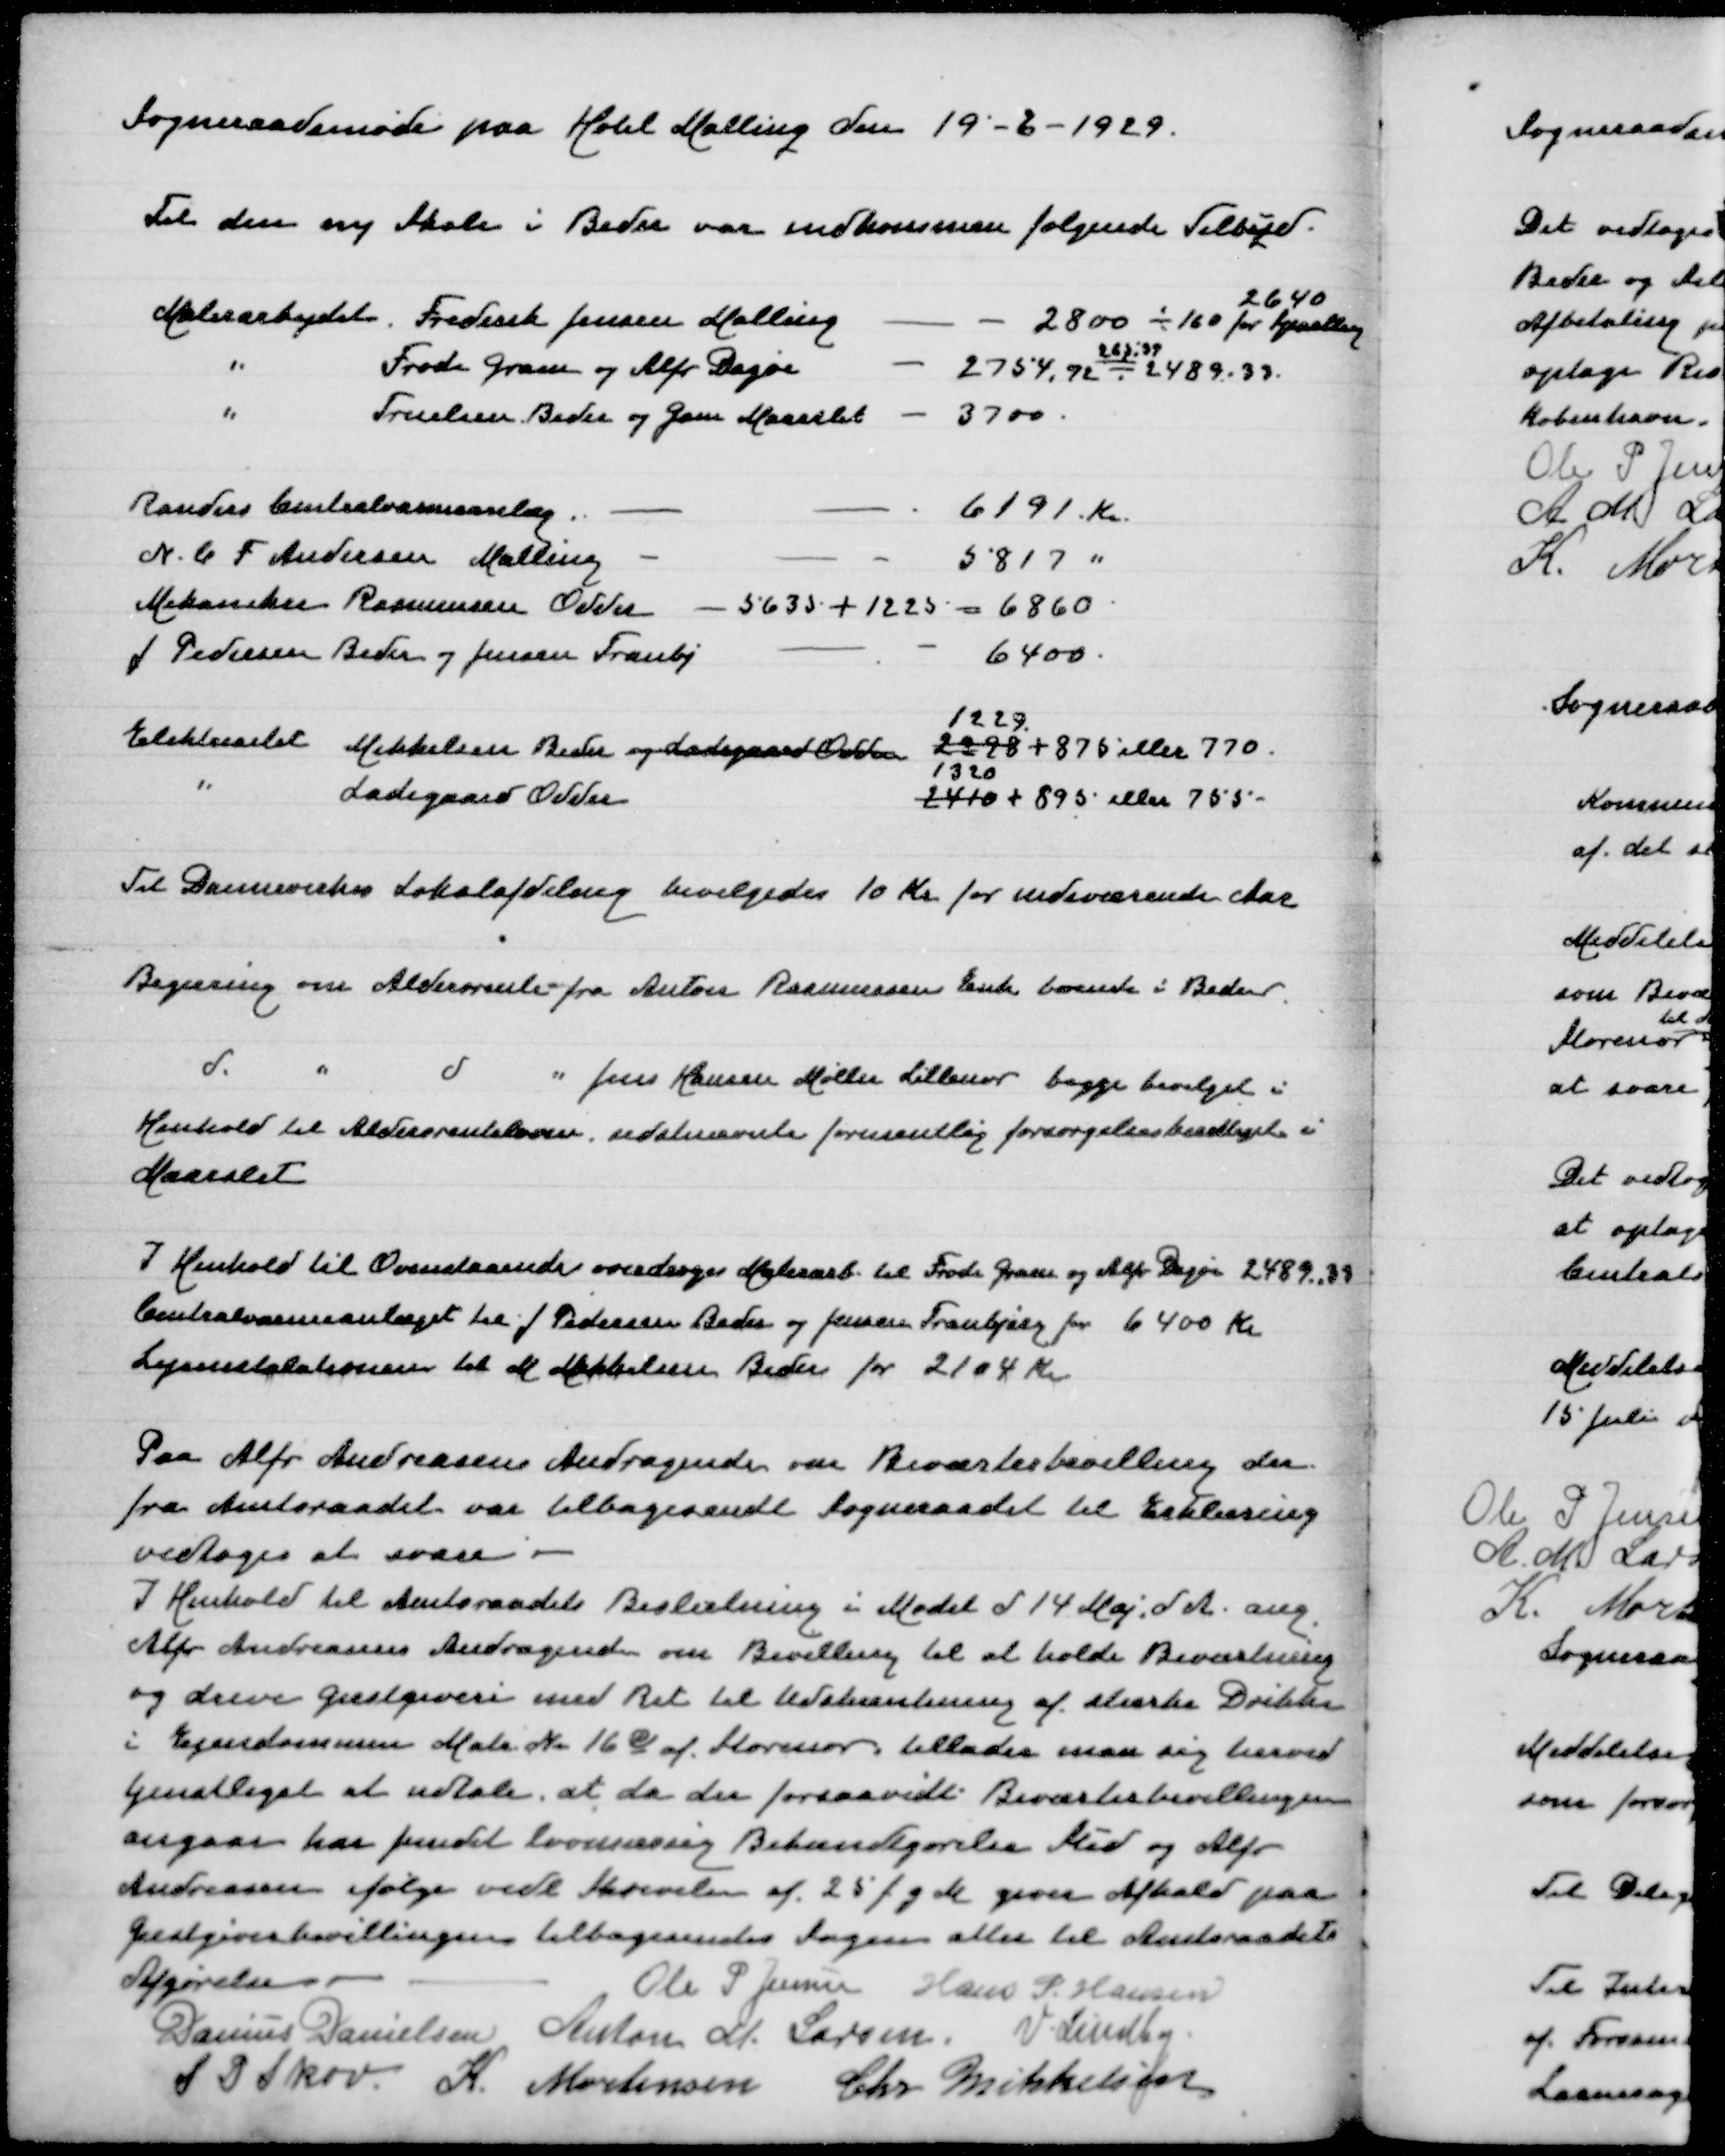
Transskription:
Sogneraadsmøde paa Hotel Malling den 19-6-1929
Til den ny Skole i Beder var indkommen følgende Tilbud
Malerarbejde Frederik Jensen Malling
2800 - 160 for 
2640
" Frode Gram og Alfr Dagøe
2754,72 - 2489,33
285,39
" Truelsen Beder og Gam Maarslet
3700
Randers Centralvarmeanlæg
6191 Kr
N C F Andersen Malling
5817 "
Mekaniker Rasmussen Odder - 5635 + 1225 = 6860
J Pedersen Beder og Jensen Tranbj 
6400
1229
Elektricitet Mikkelsen Beder og Ladegaard Odder
2298 + 875 eller 770
" Ladegaard Odder
1320
2410 + 895 eller 755
Til Dannevirkes Lokalafdeling bevilgedes 10 Kr for indeværende Aar
Begæring om Aldersrente fra Anton Rasmussens Enke boende i Beder
d " d " Jens Hansen Møller Lillenor begge bevilget i
Henhold til Alderdomsloven, sidstnævnte formentlig forsørgelsesberettiget i
Maarslet
I Henhold til Ovenstaaende overdrages Malerarb til Frode Gram og Alfr Dagøe 2489,39
Centralvarmeanlæget til J Pedersen Beder og Jensen Tranbjerg for 6400 Kr
Lysinstallationen til M Mikkelsen Beder for 2104 Kr
Paa Alfr Andreasens Andragende om Beværterbevilling der
fra Amtsraadet var tilbagesendt Sogneraadet til Erklæring
vedtoges at svare
I Henhold til Amtsraadets Beslutning i Mødet d 14 Maj d A ang
Alfr Andreasens Andragende om Bevilling til at holde Beværtning
og drive Gæstgiveri med Ret til Udskænkning af stærke Drikke
i Ejendommen Matr Nr 16c af Storenor tillader man sig herved
tjenstligt at udtale, at da der forsaavidt Beværterbevillingen
angaar har fundet lovmæssig Bekændtgørelse Sted og Alfr
Andreasen ifølge vedl Skrivelse af 25 f g M giver Afkald paa
Gæstgiverbevillingen tilbagesendes Sagen atter til Amtsraadets
Afgørelse
Ole P Jensen
Hans P Hansen
Danius Danielsen
Anton M Larsen
V Lindby
S P Skov
K Mortensen
Chr Mikkelsen